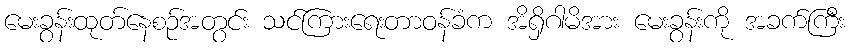
မေးခွန်းထုတ်နေစဉ်အတွင်း သင်ကြားရေးတာဝန်ခံက အိရှိဂါမိအား မေးခွန်းကို အခက်ကြီး